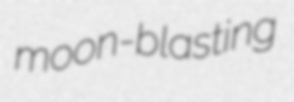
moon-blasting